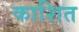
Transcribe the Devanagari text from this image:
काशित